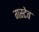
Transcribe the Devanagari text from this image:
गस्टेव